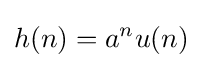
h(n)=a^{n}u(n)